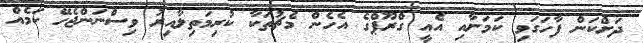
ދަށްކަން ފާހަގަވި ކަމަށާއި އެއީ ގްރޫޕްގެ އެހެން މެޗުތަކާ ކުރިމަތިލާއިރު ވިސްނަންޖެހޭ ކަމެއް